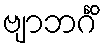
ဗျာဘင်္ဂိံ